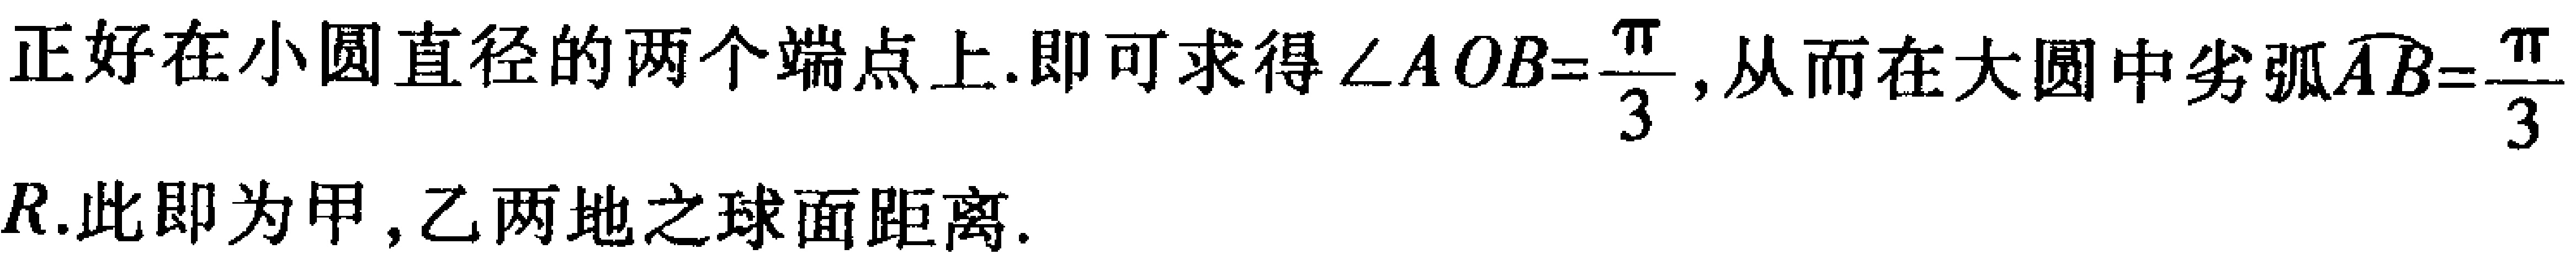
正好在小圆直径的两个端点上.即可求得$\angle AOB = \frac{\pi}{3}$, 从而在大圆中劣弧$\widehat{AB}=\frac{\pi}{3}$
$R$.此即为甲,乙两地之球面距离.